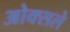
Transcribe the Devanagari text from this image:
ओक्सले